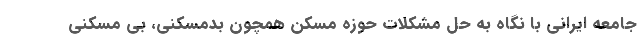
جامعه ایرانی با نگاه به حل مشکلات حوزه مسکن همچون بدمسکنی، بی مسکنی